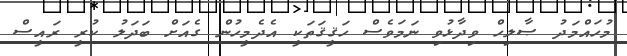
މުހައްމަދު ޞާލިހް ވިދާޅުވި ނަމަވެސް ހަޤީޤަތަކީ އެދެމީހުން ގެއަށް ބަދަލު ކުރީ ރައީސް